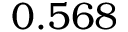
0 . 5 6 8